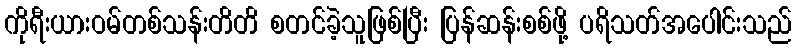
ကိုရီးယားဝမ်တစ်သန်းတိတိ စတင်ခဲ့သူဖြစ်ပြီး ပြန်ဆန်းစစ်ဖို့ ပရိသတ်အပေါင်းသည်